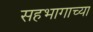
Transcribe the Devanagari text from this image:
सहभागाच्या